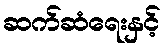
ဆက်ဆံရေးနှင့်